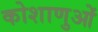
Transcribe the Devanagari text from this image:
कोशाणुओं